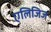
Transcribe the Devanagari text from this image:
एलिजिज